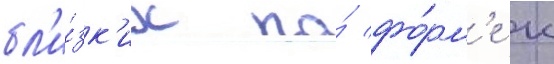
бл'и́зк'их по́ фо́рм'е к